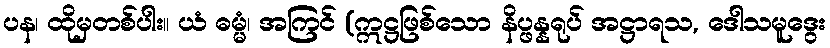
ပန၊ ထိုမှတစ်ပါး။ ယံ ဓမ္မံ၊ အကြင် (ဣဋ္ဌဖြစ်သော နိပ္ဖန္နရုပ် အဋ္ဌာရသ, ဒေါသမူဒွေး